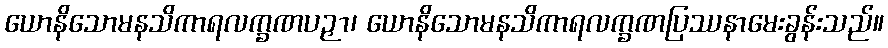
ယောနိသောမနသိကာရလက္ခဏပဉှာ၊ ယောနိသောမနသိကာရလက္ခဏပြဿနာမေးခွန်းသည်။